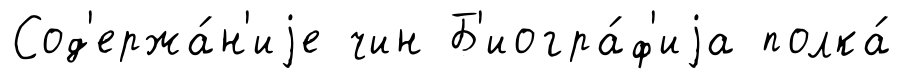
Сод'ержа́н'иjе чин Б'иогра́ф'иjа полка́